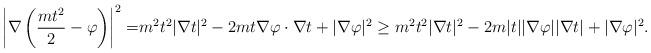
LaTeX: \begin{align*} \begin{aligned} \left|\nabla\left(\frac{mt^2}{2}-\varphi\right)\right|^2=&m^2t^2|\nabla t|^2-2mt\nabla\varphi\cdot \nabla t+|\nabla\varphi|^2 \ge m^2t^2|\nabla t|^2-2m |t| |\nabla\varphi| |\nabla t|+|\nabla\varphi|^2. \end{aligned}\end{align*}